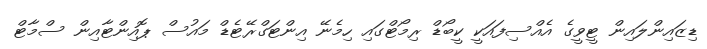
ޑިޒައިންލައިން ޓީވީގެ އެއްސިފައަކީ ކީބޯޑް ރިމޯޓްގައި ހިމެނޭ އިންޓަގްރޭޓެޑް މައުސް ޕޮއިންޓާއިން ސްމާޓް